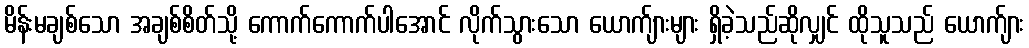
မိန်းမချစ်သော အချစ်စိတ်သို့ ကောက်ကောက်ပါအောင် လိုက်သွားသော ယောက်ျားများ ရှိခဲ့သည်ဆိုလျှင် ထိုသူသည် ယောက်ျား